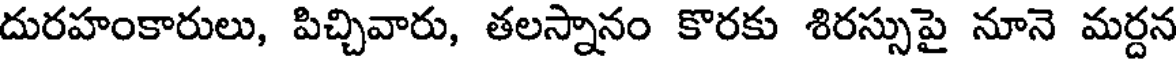
దురహంకారులు, పిచ్చివారు, తలస్నానం కొరకు శిరస్సుపై నూనె మర్దన